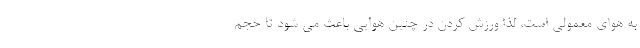
به هوای معمولی است، لذا ورزش کردن در چنین هوایی باعث می شود تا حجم